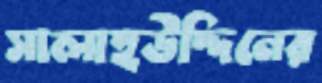
সালাহউদ্দিনের